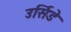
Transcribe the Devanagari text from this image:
उर्सिडे